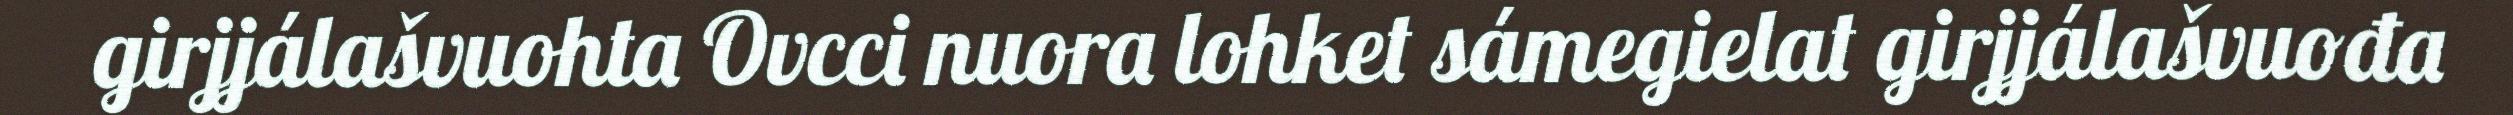
girjjálašvuohta Ovcci nuora lohket sámegielat girjjálašvuođa